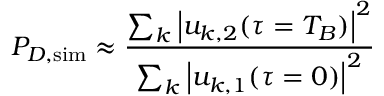
P _ { D , \mathrm { { s i m } } } \approx \frac { \sum _ { k } \left| u _ { k , 2 } ( \tau = T _ { B } ) \right| ^ { 2 } } { \sum _ { k } \left| u _ { k , 1 } ( \tau = 0 ) \right| ^ { 2 } }